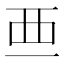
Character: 𧟡